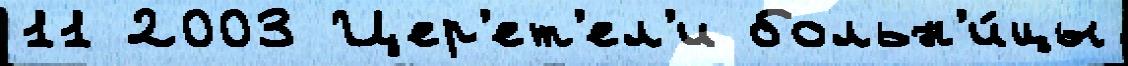
11 2003 Цер'ет'ел'и больн'и́цы